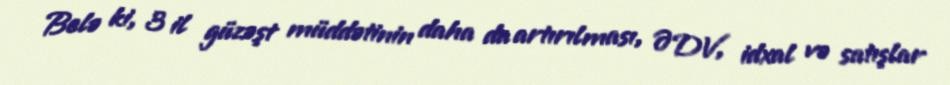
Belə ki, 3 il güzəşt müddətinin daha da artırılması, ƏDV, idxal və satışlar